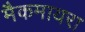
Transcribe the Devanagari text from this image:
मैकमायरा